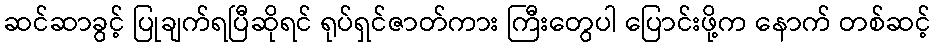
ဆင်ဆာခွင့် ပြုချက်ရပြီဆိုရင် ရုပ်ရှင်ဇာတ်ကား ကြီးတွေပါ ပြောင်းဖို့က နောက် တစ်ဆင့်